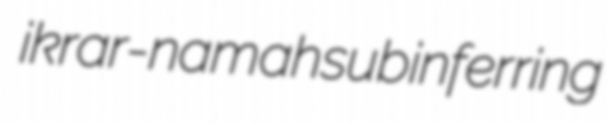
ikrar-namah subinferring